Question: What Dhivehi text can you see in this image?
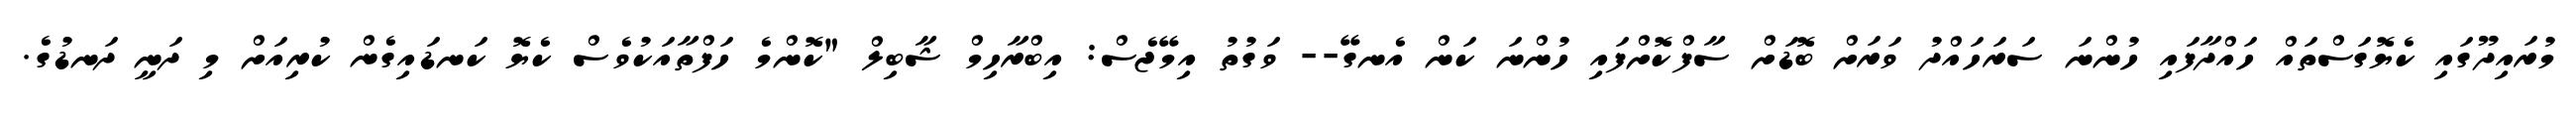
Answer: މުރައިދޫގައި ކެޔޮގަސްތައް ހައްދާފައި ހުންނަ ސަރަހައްދު ވަރަށް ބޮޑަށް ސާފްކޮށްފައި ހުންނަ ކަން އެނގޭ-- ވަގުތު އިމޭޖެސް: އިބްރާހިމް ޝާބިލް "ކޮންމެ ހަފްތާއަކުވެސް ކެޔޮ ކަނޑައިގެން ކުރިއަށް މި ދަނީ ދަނޑުގެ.